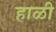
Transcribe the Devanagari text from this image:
हाळी